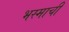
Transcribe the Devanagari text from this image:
भस्माची